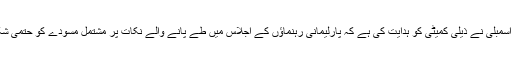
اسپیکر قومی اسمبلی نے ذیلی کمیٹی کو ہدایت کی ہے کہ پارلیمانی رہنماؤں کے اجلاس میں طے پانے والے نکات پر مشتمل مسودے کو حتمی شکل دی جائے۔